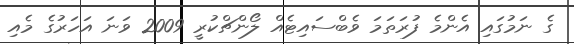
ގެ ނަމުގައި އެންމެ ފުރަތަމަ ވެބްސައިޓެއް ލޯންޗްކުރީ 2009 ވަނަ އަހަރުގެ މެއި